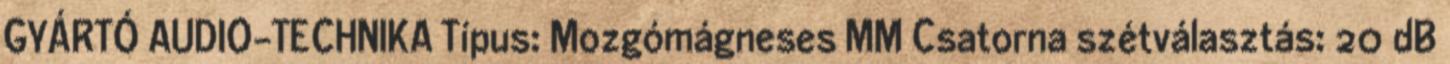
GYÁRTÓ AUDIO-TECHNIKA Típus: Mozgómágneses MM Csatorna szétválasztás: 20 dB